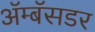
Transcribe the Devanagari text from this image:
ॲम्बॅसडर